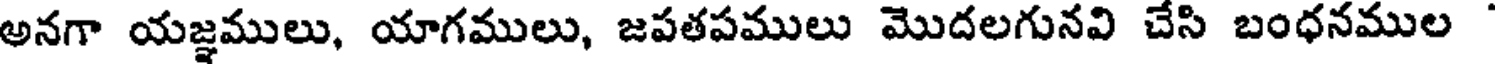
అనగా యజ్ఞములు, యాగములు, జపతపములు మొదలగునవి చేసి బంధనముల